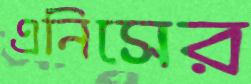
এনিসের